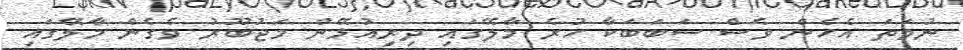
ނުވަތަ އެހެން ވެސް ސަބަބަކާ ހުރެ މާލޭގައި ދިރިއުޅޭން މަޖުބޫރު ވެގެން މާލޭގައި